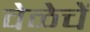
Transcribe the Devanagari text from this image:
वेळेचें